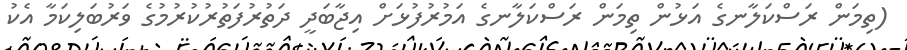
(ތިމަން ރަސްކަލާނގެ އަޅުން ތިމަން ރަސްކަލާނގެ އަމުރުފުޅަށް އިޖާބަދީ ދަތުރުފަތުރުކުރުމުގެ ވަރުބަލިކަމާ އެކު